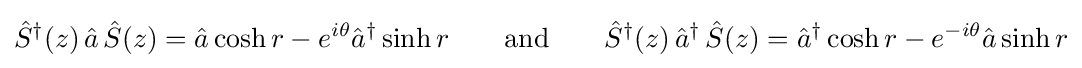
{\hat {S}}^{\dagger }(z)\,{\hat {a}}\,{\hat {S}}(z)={\hat {a}}\cosh r-e^{i\theta }{\hat {a}}^{\dagger }\sinh r\qquad {\text{and}}\qquad {\hat {S}}^{\dagger }(z)\,{\hat {a}}^{\dagger }\,{\hat {S}}(z)={\hat {a}}^{\dagger }\cosh r-e^{-i\theta }{\hat {a}}\sinh r